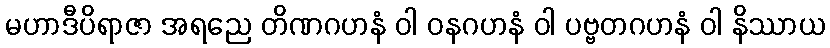
မဟာဒီပိရာဇာ အရညေ တိဏဂဟနံ ဝါ ဝနဂဟနံ ဝါ ပဗ္ဗတဂဟနံ ဝါ နိဿာယ